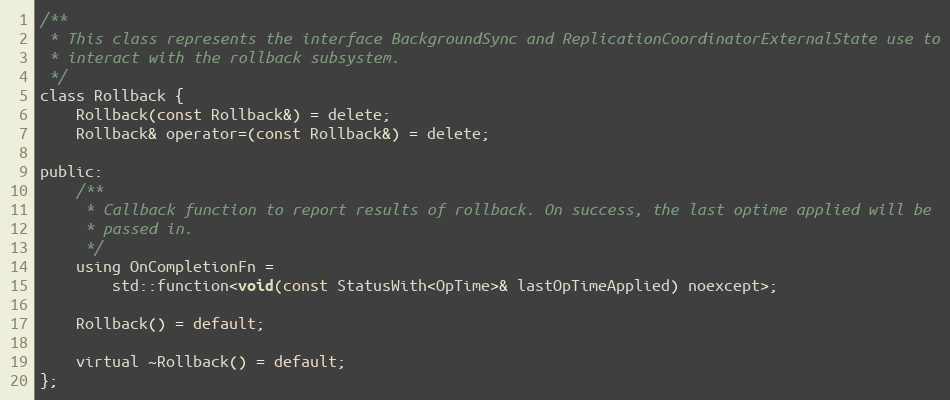
Language: C
/**
 * This class represents the interface BackgroundSync and ReplicationCoordinatorExternalState use to
 * interact with the rollback subsystem.
 */
class Rollback {
    Rollback(const Rollback&) = delete;
    Rollback& operator=(const Rollback&) = delete;

public:
    /**
     * Callback function to report results of rollback. On success, the last optime applied will be
     * passed in.
     */
    using OnCompletionFn =
        std::function<void(const StatusWith<OpTime>& lastOpTimeApplied) noexcept>;

    Rollback() = default;

    virtual ~Rollback() = default;
};